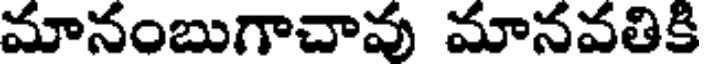
మానంబుగాచావు మానవతికి